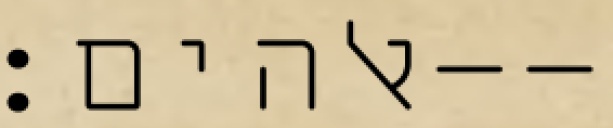
אלהים׃--